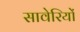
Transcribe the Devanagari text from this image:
सावेरियों